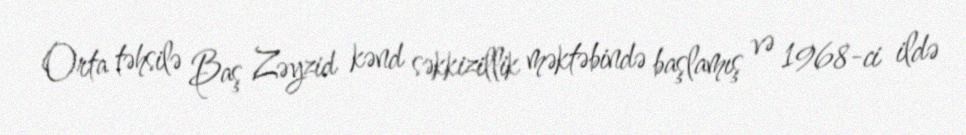
Orta təhsilə Baş Zəyzid kənd səkkizillik məktəbində başlamış və 1968-ci ildə